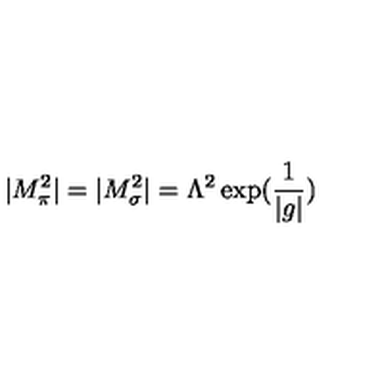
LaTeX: | M _ { \pi } ^ { 2 } | = | M _ { \sigma } ^ { 2 } | = \Lambda ^ { 2 } \exp ( \frac { 1 } { | g | } )